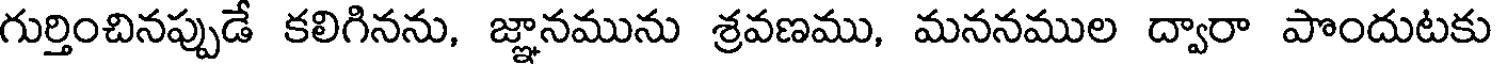
గుర్తించినప్పుడే కలిగినను, జ్ఞానమును శ్రవణము, మననముల ద్వారా పొందుటకు